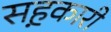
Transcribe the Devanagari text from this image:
सह़कारी